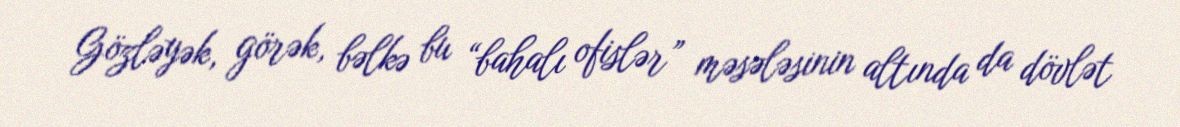
Gözləyək, görək, bəlkə bu “bahalı ofislər” məsələsinin altında da dövlət